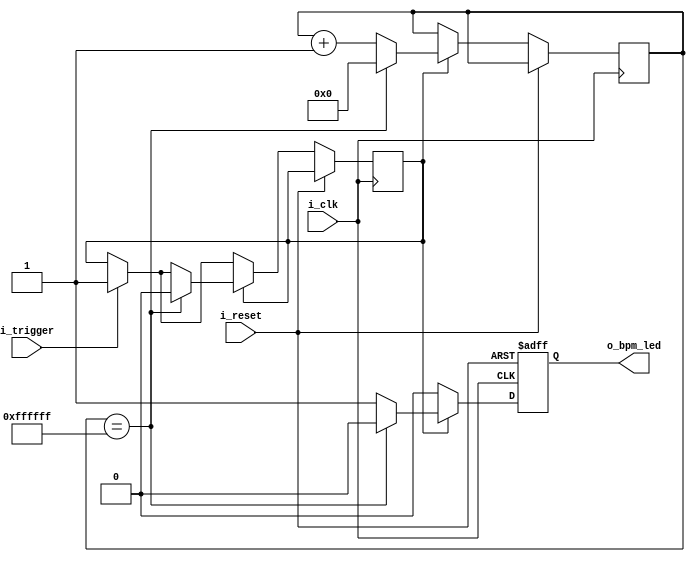
module led_light_holder(
	input 		i_clk,
	input 		i_reset,
	input 		i_trigger,
	output reg 	o_bpm_led
);
	reg 		led_light_hold_start;
	reg [23:0] 	led_light_hold_start_counter;
	
	always @(posedge i_clk, posedge i_reset) begin
		if (i_reset) begin
			o_bpm_led <= 0;
		end else begin
			led_light_hold_start <= i_trigger ? 1: led_light_hold_start;
			if (led_light_hold_start) begin
				if (led_light_hold_start_counter == {24{1'b1}}) begin
					led_light_hold_start			<= 0;
					led_light_hold_start_counter 	<= 0;
					o_bpm_led 						<= 0;
				end else begin
					led_light_hold_start_counter 	<= led_light_hold_start_counter + 1;
					o_bpm_led 						<= 1;
				end
			end else begin
				o_bpm_led <= 0;
			end
		end
	end
	
endmodule